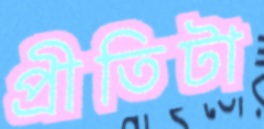
প্রীতিটা